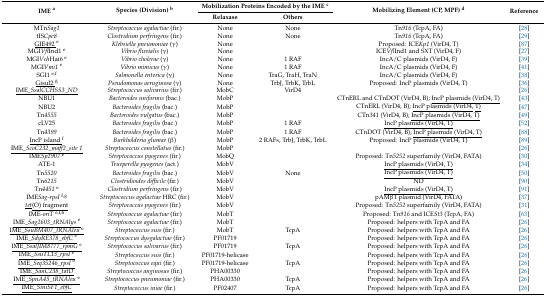
<table><thead><tr><td rowspan="2"><b>IME <sup>a</sup></b></td><td rowspan="2"><b>Species (Division) <sup>b</sup></b></td><td colspan="2"><b>Mobilization Proteins Encoded by the IME <sup>c</sup></b></td><td rowspan="2"><b>Mobilizing Element (CP, MPF) <sup>d</sup></b></td><td rowspan="2"><b>Reference</b></td></tr><tr><td><b>Relaxase</b></td><td><b>Others</b></td></tr></thead><tbody><tr><td>MTn<i>Sag1</i></td><td><i>Streptococcus agalactiae</i> (fir.)</td><td>None</td><td>None</td><td>Tn<i>916</i> (TcpA, FA)</td><td>[28]</td></tr><tr><td>tIS<i>Cpe8</i></td><td><i>Clostridium perfringens</i> (fir.)</td><td>None</td><td>None</td><td>Tn<i>916</i> (TcpA, FA)</td><td>[29]</td></tr><tr><td><underline>GIE492 </underline><sup>e</sup></td><td><i>Klebsiella pneumoniae</i> (γ)</td><td>None</td><td></td><td>Proposed: ICE<i>Kp1</i> (VirD4, T)</td><td>[87]</td></tr><tr><td>MGI<i>Vfl</i>Ind1 <sup>e</sup></td><td><i>Vibrio fluvialis</i> (γ)</td><td>None</td><td></td><td>ICE<i>Vfl</i>Ind1 and SXT (VirD4, F)</td><td>[27]</td></tr><tr><td>MGI<i>Vch</i>Hai6 <sup>e</sup></td><td><i>Vibrio cholerae</i> (γ)</td><td>None</td><td>1 RAF</td><td>IncA/C plasmids (VirD4, F)</td><td>[39]</td></tr><tr><td>MGI<i>Vmi1</i><sup>e</sup></td><td><i>Vibrio mimicus</i> (γ)</td><td>None</td><td>1 RAF</td><td>IncA/C plasmids (VirD4, F)</td><td>[41]</td></tr><tr><td>SGI1 <sup>e,f</sup></td><td><i>Salmonella enterica</i> (γ)</td><td>None</td><td>TraG, TraH, TraN</td><td>IncA/C plasmids (VirD4, F)</td><td>[38]</td></tr><tr><td><underline>Gisul2 </underline><sup>g</sup></td><td><i>Pseudomonas aeruginosa</i> (γ)</td><td>None</td><td>TrbJ, TrbK, TrbL</td><td>Proposed: IncP plasmids (VirD4, T)</td><td>[36]</td></tr><tr><td><underline>IME_<i>SsalCCHSS3_ND</i></underline></td><td><i>Streptococcus salivarius</i> (fir.)</td><td>MobC</td><td>VirD4</td><td></td><td>[26]</td></tr><tr><td>NBU1</td><td><i>Bacteroides uniformis</i> (bac.)</td><td>MobP</td><td></td><td>CTnERL and CTnDOT (VirD4, B); <underline>IncP plasmids (VirD4, T)</underline></td><td>[43]</td></tr><tr><td>NBU2</td><td><i>Bacteroides fragilis</i> (bac.)</td><td>MobP</td><td></td><td>CTnERL (VirD4, B); <underline>IncP plasmids (VirD4,</underline><underline>T)</underline></td><td>[47]</td></tr><tr><td>Tn<i>4555</i></td><td><i>Bacteroides vulgatus</i> (bac.)</td><td>MobP</td><td></td><td>CTn<i>341</i> (VirD4, B); <underline>IncP plasmids (VirD4, T)</underline></td><td>[49]</td></tr><tr><td>cLV25</td><td><i>Bacteroides fragilis</i> (bac.)</td><td>MobP</td><td>1 RAF</td><td><underline>IncP plasmids (VirD4, T)</underline></td><td>[52]</td></tr><tr><td>Tn<i>4399</i></td><td><i>Bacteroides fragilis</i> (bac.)</td><td>MobP</td><td>1 RAF</td><td>CTnDOT (VirD4, B); <underline>IncP plasmids (VirD4, T)</underline></td><td>[88]</td></tr><tr><td><underline>IncP island </underline><sup>f</sup></td><td><i>Burkholderia glumae</i> (β)</td><td>MobP</td><td>2 RAFs, TrbJ, TrbK, TrbL</td><td>Proposed: IncP plasmids (VirD4, T)</td><td>[89]</td></tr><tr><td><underline>IME_<i>ScoC232_maff2_site 1</i></underline></td><td><i>Streptococcus constellatus</i> (fir.)</td><td>MobP</td><td></td><td></td><td>[26]</td></tr><tr><td>IME<i>Sp2907</i><sup>e</sup></td><td><i>Streptococcus pyogenes</i> (fir.)</td><td>MobQ</td><td></td><td>Proposed: Tn<i>5252</i> superfamily (VirD4, FATA)</td><td>[30]</td></tr><tr><td>ATE-1</td><td><i>Trueperella pyogenes</i> (act.)</td><td>MobV</td><td></td><td><underline>IncP plasmids (VirD4, T)</underline></td><td>[34]</td></tr><tr><td>Tn<i>5520</i></td><td><i>Bacteroides fragilis</i> (bac.)</td><td>MobV</td><td>None</td><td><underline>IncP plasmids (VirD4, T)</underline></td><td>[50]</td></tr><tr><td>Tn<i>6215</i></td><td><i>Clostridioides difficile</i> (fir.)</td><td>MobV</td><td></td><td>ND</td><td>[90]</td></tr><tr><td>Tn<i>4451</i><sup>e</sup></td><td><i>Clostridium perfringens</i> (fir.)</td><td>MobV</td><td></td><td><underline>IncP plasmids (VirD4, T)</underline></td><td>[91]</td></tr><tr><td>IME<i>Sag-rpsI</i><sup>f,g</sup></td><td><i>Streptococcus agalactiae</i> HRC (fir.)</td><td>MobV</td><td></td><td>pAMβ1 plasmid (VirD4, FATA)</td><td>[37]</td></tr><tr><td><i><underline>tet</underline></i><underline>(O) fragment</underline></td><td><i>Streptococcus pyogenes</i> (fir.)</td><td>MobV</td><td></td><td>Proposed: Tn<i>5252</i> superfamily (VirD4, FATA)</td><td>[31]</td></tr><tr><td>IME-<i>oriT</i><sup>e,f,h</sup></td><td><i>Streptococcus agalactiae</i> (fir.)</td><td>MobT</td><td></td><td>Proposed: Tn<i>916</i> and ICE<i>St3</i> (TcpA, FA)</td><td>[63]</td></tr><tr><td><underline>IME_<i>Sag2603_tRNAlys</i><sup>e</sup></underline></td><td><i>Streptococcus agalactiae</i> (fir.)</td><td>MobT</td><td></td><td>Proposed: helpers with TcpA and FA </td><td>[26]</td></tr><tr><td><underline>IME_<i>SsuBM407_tRNAleu</i><sup>e</sup></underline></td><td><i>Streptococcus suis</i> (fir.)</td><td>MobT</td><td>TcpA</td><td>Proposed: helpers with TcpA and FA</td><td>[26]</td></tr><tr><td><underline>IME_<i>SdyRE378_ebfC</i><sup>e</sup></underline></td><td><i>Streptococcus dysgalactiae</i> (fir.)</td><td>PF01719</td><td></td><td>Proposed: helpers with TcpA and FA</td><td>[26]</td></tr><tr><td><underline>IME_<i>SsalJIM8777_rpmG</i><sup>e</sup></underline></td><td><i>Streptococcus salivarius</i> (fir.)</td><td>PF01719</td><td>TcpA</td><td>Proposed: helpers with TcpA and FA</td><td>[26]</td></tr><tr><td><underline>IME_<i>SsuTL13_rpsI</i><sup>e</sup></underline></td><td><i>Streptococcus suis</i> (fir.)</td><td>PF01719-helicase</td><td></td><td>Proposed: helpers with TcpA and FA</td><td>[26]</td></tr><tr><td><underline>IME<i>_Seq35246_rpsI</i><sup>e</sup></underline></td><td><i>Streptococcus equi</i> (fir.)</td><td>PF01719-helicase</td><td>TcpA</td><td>Proposed: helpers with TcpA and FA</td><td>[26]</td></tr><tr><td><underline>IME_<i>SanC238_tatD</i></underline></td><td><i>Streptococcus anginosus</i> (fir.)</td><td>PHA00330</td><td></td><td>Proposed: helpers with TcpA and FA</td><td>[26]</td></tr><tr><td><underline>IME_<i>SpnA45_tRNAleu</i><sup>e</sup></underline></td><td><i>Streptococcus pneumoniae</i> (fir.)</td><td>PHA00330</td><td>TcpA</td><td>Proposed: helpers with TcpA and FA</td><td>[26]</td></tr><tr><td><underline>IME_<i>SiniSF1_ebfC</i></underline></td><td><i>Streptococcus iniae</i> (fir.)</td><td>PF02407</td><td>TcpA</td><td>Proposed: helpers with TcpA and FA</td><td>[26]</td></tr></tbody></table>